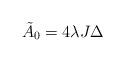
LaTeX: \begin{align*}{\tilde A}_0=4\lambda J \Delta\end{align*}